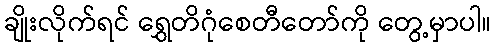
ချိုးလိုက်ရင် ရွှေတိဂုံစေတီတော်ကို တွေ့မှာပါ။